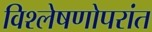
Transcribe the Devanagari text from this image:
विश्लेषणोपरांत